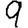
Digit: 9